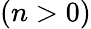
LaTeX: (n>0)